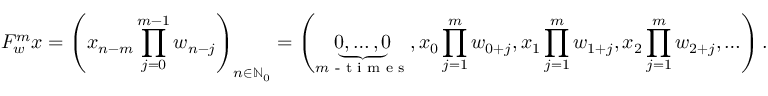
F _ { w } ^ { m } x = \left( x _ { n - m } \prod _ { j = 0 } ^ { m - 1 } w _ { n - j } \right) _ { n \in \mathbb { N } _ { 0 } } = \left( \underbrace { 0 , \ldots , 0 } _ { m \textrm { - t i m e s } } , x _ { 0 } \prod _ { j = 1 } ^ { m } w _ { 0 + j } , x _ { 1 } \prod _ { j = 1 } ^ { m } w _ { 1 + j } , x _ { 2 } \prod _ { j = 1 } ^ { m } w _ { 2 + j } , \ldots \right) .